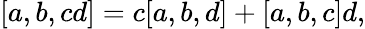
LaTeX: \lbrack a,b,cd]=c[a,b,d]+[a,b,c]d,